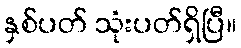
နှစ်ပတ် သုံးပတ်ရှိပြီ။